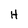
Character: H